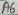
Text: A6